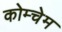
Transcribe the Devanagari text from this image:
कोम्चेम